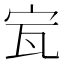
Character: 𡧗